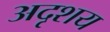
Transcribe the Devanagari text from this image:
अदृशय